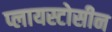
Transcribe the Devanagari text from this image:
प्लायस्टोसीन